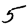
Digit: 5